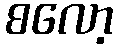
စလော့